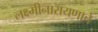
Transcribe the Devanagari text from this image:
लक्ष्मीनारायणाचे